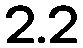
2.2